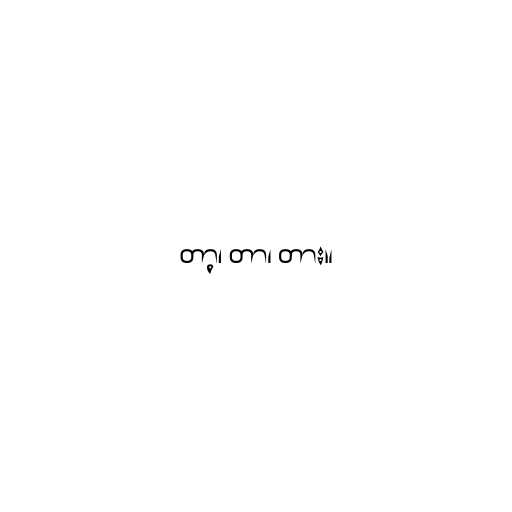
တာ့၊ တာ၊ တား။